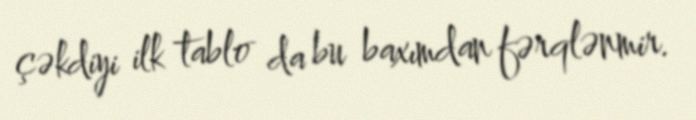
çəkdiyi ilk tablo da bu baxımdan fərqlənmir.